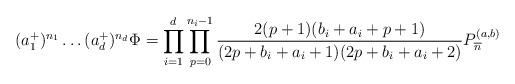
LaTeX: \begin{align*}(a_1^+)^{n_1}\dots(a_d^+)^{n_d}\Phi=\prod_{i=1}^d\prod_{p=0}^{n_i-1}\frac{2(p+1)(b_i+a_i+p+1)}{(2p+b_i+a_i+1)(2p+b_i+a_i+2)}P^{(a,b)}_{\overline{n}}\end{align*}